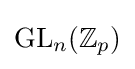
{\text{GL}}_{n}(\mathbb {Z} _{p})